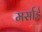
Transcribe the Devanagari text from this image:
मर्साई